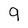
Character: 9